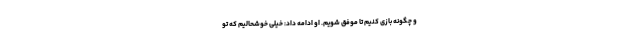
و چگونه بازی کنیم تا موفق شویم. او ادامه داد: خیلی خوشحالیم که تو